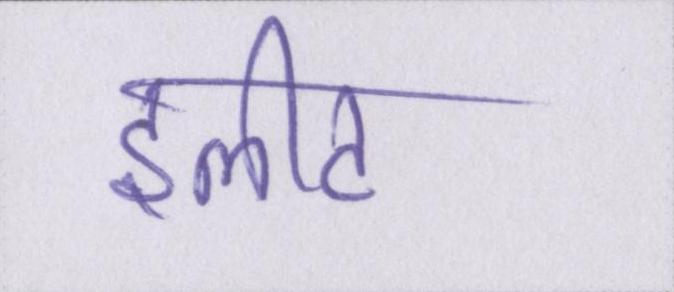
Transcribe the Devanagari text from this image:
इलीट